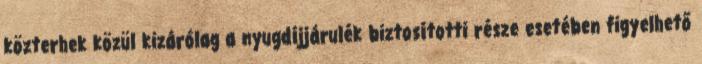
közterhek közül kizárólag a nyugdíjjárulék biztosítotti része esetében figyelhető